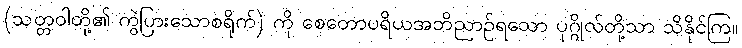
(သတ္တဝါတို့၏ ကွဲပြားသောစရိုက်) ကို စေတောပရိယအဘိညာဉ်ရသော ပုဂ္ဂိုလ်တို့သာ သိနိုင်ကြ။